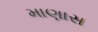
માણાસ